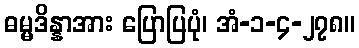
ဓမ္မဒိန္နာအား ပြောပြပုံ၊ အံ-၁-၄-၂၇၈။